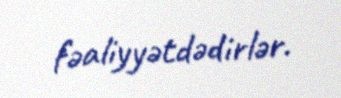
fəaliyyətdədirlər.